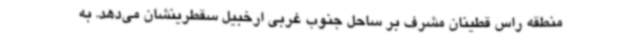
منطقه راس قطینان مشرف بر ساحل جنوب غربی ارخبیل سقطرینشان می‌دهد. به